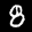
Label: 8